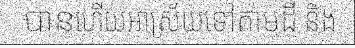
បានហើយអាស្រ័យទៅតាមដី និង